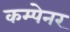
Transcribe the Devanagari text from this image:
कम्पेनर